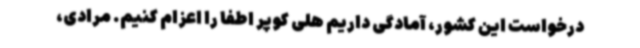
درخواست این کشور، آمادگی داریم هلی کوپر اطفا را اعزام کنیم. مرادی،